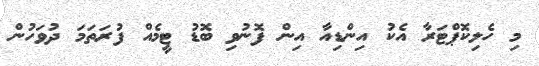
މި ހެލިކޮޕްޓަރާ އެކު އިންޑިއާ އިން ފޮނުވި ބޮޑު ޓީމެއް ފުރަތަމަ ދުވަހުން